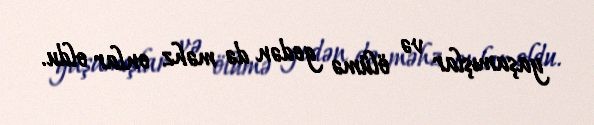
yaşamışlar və ölümə gedən də məhz onlar oldu.